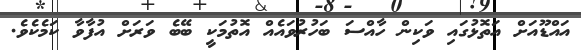
އައްޑޫއަށް އަތޮޅުގައި ވަކިން ހާއްސަ ބަހުރުވައެއް އޮތުމަކީ ބޭބެ ވަރަށް އުފާވާ ކަމެކެވެ.